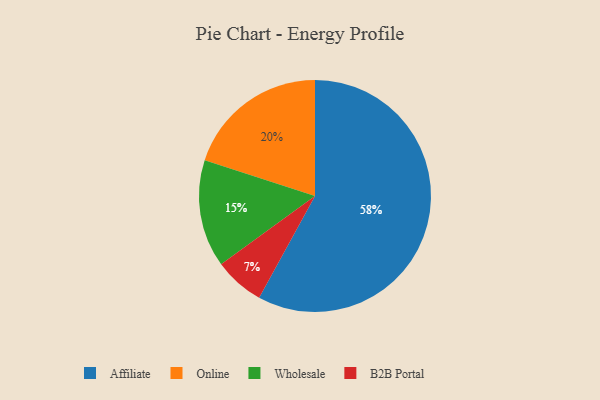
{"axis": {"x": "Category", "y": "Percentage"}, "legend": ["Affiliate", "B2B Portal", "Online", "Wholesale"], "data": [{"x": "Online", "y": 20, "type": "Online"}, {"x": "Affiliate", "y": 58, "type": "Affiliate"}, {"x": "Wholesale", "y": 15, "type": "Wholesale"}, {"x": "B2B Portal", "y": 7, "type": "B2B Portal"}]}